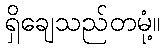
ရှိချေသည်တမုံ့။